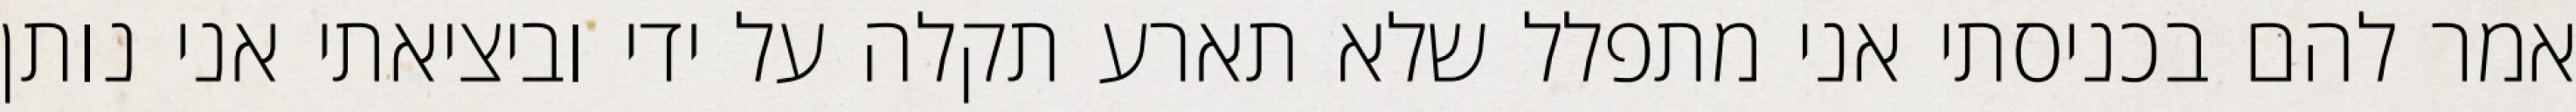
אמר להם בכניסתי אני מתפלל שלא תארע תקלה על ידי וביציאתי אני נותן